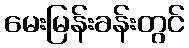
မေးမြန်းခန်းတွင်